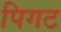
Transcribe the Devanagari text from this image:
पिगट